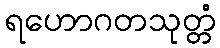
ရဟောဂတသုတ္တံ